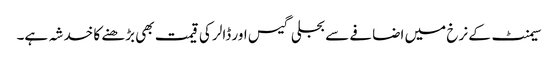
سیمنٹ کے نرخ میں اضافے سے بجلی گیس اور ڈالر کی قیمت بھی بڑھنے کا خدشہ ہے۔